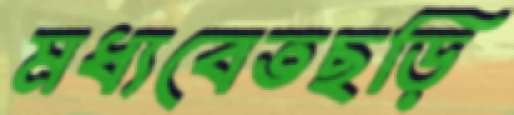
মধ্যবেতছড়ি